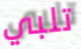
تلبي